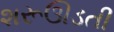
શરૂઊડતી